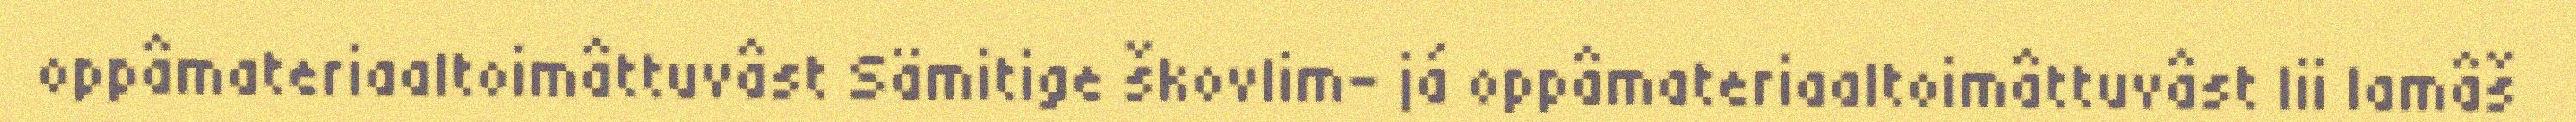
oppâmateriaaltoimâttuvâst Sämitige škovlim- já oppâmateriaaltoimâttuvâst lii lamâš